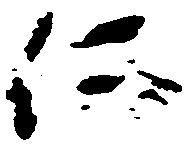
仁